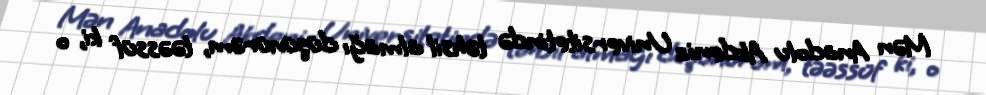
Mən Anadolu Akdeniz Universitetində təhsil almağı düşünürəm, təəssüf ki, o